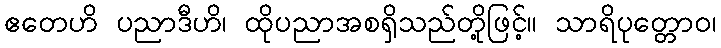
ဧတေဟိ ပညာဒီဟိ၊ ထိုပညာအစရှိသည်တို့ဖြင့်။ သာရိပုတ္တောဝ၊